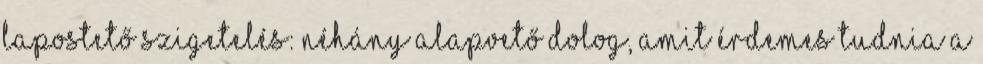
Lapostető szigetelés: Néhány alapvető dolog, amit érdemes tudnia A